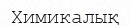
Химикалық